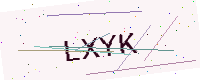
Text: LXYK